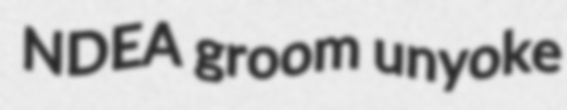
NDEA groom unyoke